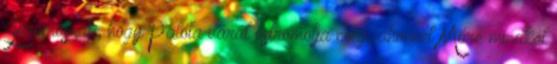
Jeromosnak, hogy Palota várát ostromolja meg, ahonnét Móré mindkét